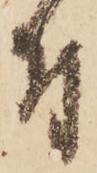
付